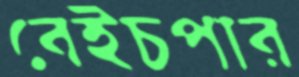
বেইচপার